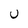
Character: U